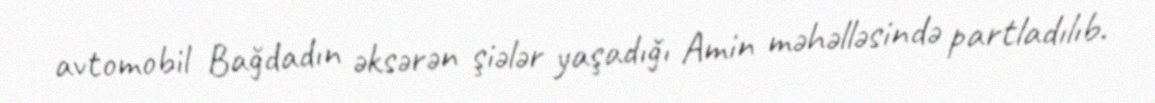
avtomobil Bağdadın əksərən şiələr yaşadığı Amin məhəlləsində partladılıb.